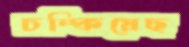
চম্‌কিয়েছ